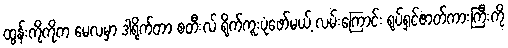
ထွန်းကိုကိုက မေလမှာ ဒါရိုက်တာ စတီးလ် ရိုက်ကူးပုံဖော်မယ့် လမ်းကြောင်း ရုပ်ရှင်ဇာတ်ကားကြီးကို